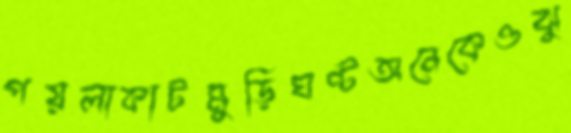
পয়লাকাটমুড়িঘণ্টঅনেকেওঝু